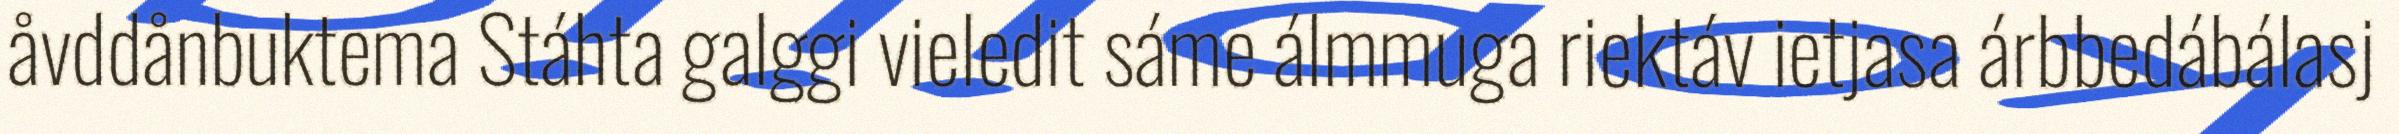
åvddånbuktema Stáhta galggi vieledit sáme álmmuga riektáv ietjasa árbbedábálasj